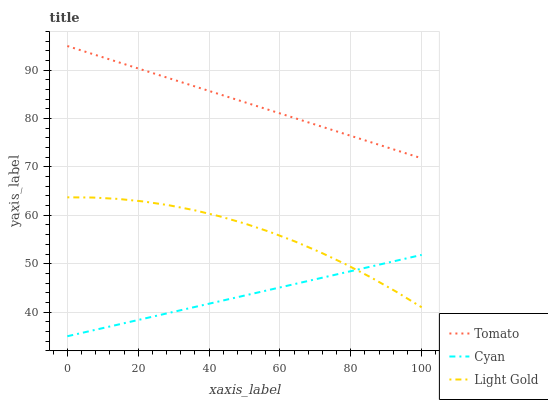
| xaxis_label | Tomato | Cyan | Light Gold |
 | --- | --- | --- | --- |
 | 0 | 95 | 35 | 63.7 |
 | 7.14 | 93.3 | 36.2 | 63.7 |
 | 14.3 | 91.7 | 37.4 | 63.4 |
 | 21.4 | 90 | 38.6 | 62.9 |
 | 28.6 | 88.4 | 39.8 | 62.1 |
 | 35.7 | 86.7 | 41 | 61.1 |
 | 42.9 | 85.1 | 42.2 | 59.8 |
 | 50 | 83.4 | 43.4 | 58.3 |
 | 57.1 | 81.7 | 44.6 | 56.6 |
 | 64.3 | 80.1 | 45.8 | 54.6 |
 | 71.4 | 78.4 | 47 | 52.4 |
 | 78.6 | 76.8 | 48.2 | 49.9 |
 | 85.7 | 75.1 | 49.4 | 47.2 |
 | 92.9 | 73.4 | 50.6 | 44.2 |
 | 100 | 71.8 | 51.8 | 41 |